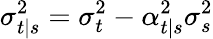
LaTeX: \sigma_{t|s}^{2}=\sigma_{t}^{2}-\alpha_{t|s}^{2}\sigma_{s}^{2}